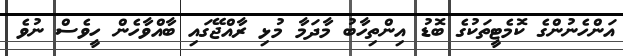
އަންހެނުންގެ ކޮމެޓީތަކުގެ ބޮޑު އިންތިހާބު މާދަމާ މުޅި ރާއްޖޭގައި ބާއްވާހެން ހީވެސް ނުވެ